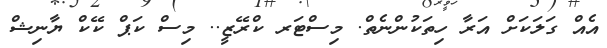
އެއް ގަލަކަށް އަރާ ހިތަކުންނެތް. މިސްޓަރ ކްރޭޒީ.. މިސް ކަޕް ކޭކް ޔާނިޝް